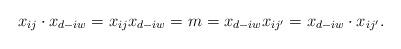
LaTeX: \begin{align*}x_{ij} \cdot x_{d-i w}=x_{ij} x_{d-i w} =m =x_{d-i w} x_{i j'}=x_{d-i w} \cdot x_{i j'}.\end{align*}